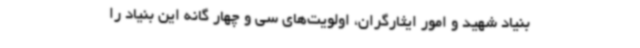
بنیاد شهید و امور ایثارگران، اولویت‌های سی و چهار گانه این بنیاد را